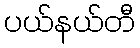
ပယ်နယ်တီ